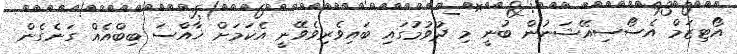
އޯޓިޒަމް އެސޯސިއޭޝަނުން ބުނީ މި ދުވުމުގައި ބައިވެރިވެވޭނީ އެކަމަށް ޚާއްސަ ބިބްއެއް ގަނެގެން